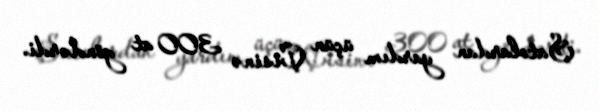
Şatolardan yardım üçün Çisinə 300 at göndərdi.